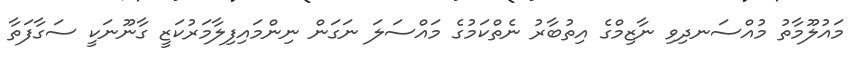
މައުލޫމާތު މުއްސަނދިވި ނާޒިމްގެ އިތުބާރު ނެތްކަމުގެ މައްސަލަ ނަގަން ނިންމައިފިލާމަރުކަޒީ ގާނޫނަކީ ސަގާފަތާ